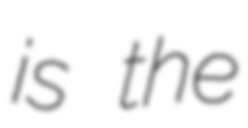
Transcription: is the